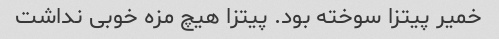
خمیر پیتزا سوخته بود. پیتزا هیچ مزه خوبی نداشت